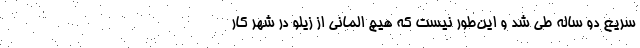
سریع دو ساله طی شد و این‌طور نیست که هیچ اِلمانی از زیلو در شهر کار